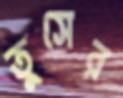
তুসের